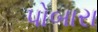
પોબારા